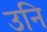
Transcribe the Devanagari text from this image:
उनि